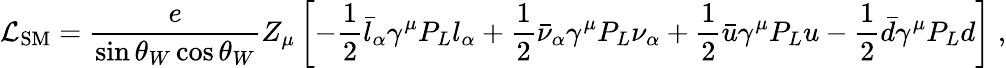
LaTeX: \mathcal{L}_{\mathrm{SM}}=\frac{e}{\sin\theta_{W}\cos\theta_{W}}Z_{\mu}\left[-\frac{1}{2}\bar{l}_{\alpha}\gamma^{\mu}P_{L}l_{\alpha}+\frac{1}{2}\bar{\nu}_{\alpha}\gamma^{\mu}P_{L}\nu_{\alpha}+\frac{1}{2}\bar{u}\gamma^{\mu}P_{L}u-\frac{1}{2}\bar{d}\gamma^{\mu}P_{L}d\right]\; ,